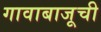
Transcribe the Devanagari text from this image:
गावाबाजूची